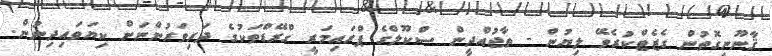
ޤާނޫނީގޮތުން ގެޒެޓްކުރެވޭ ލިޔުން - ތާޖުއްދީން ސްކޫލްގެ ޕްރައިމަރީ ގްރޭޑްތަކުގެ ދަރިވަރުންނަށް ކިޔަވައިދިނުން.